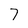
Character: 7